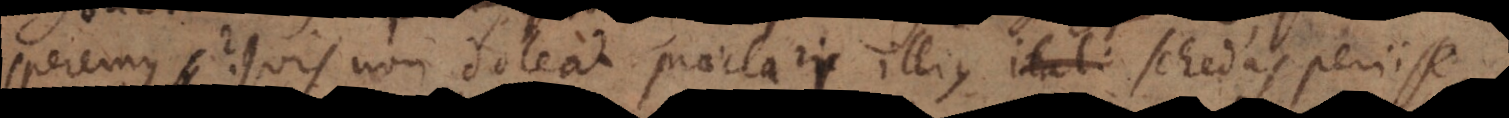
speremus? Quis non doleat praeclari illius itali schedas periisse,